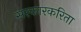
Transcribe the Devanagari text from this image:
सरकारकरिता